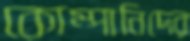
কোম্পানিদের